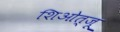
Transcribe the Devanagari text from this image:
शिओत्जू